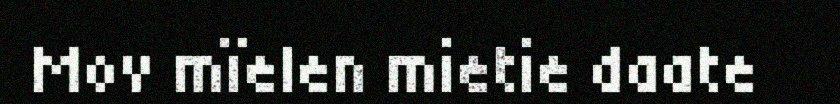
Mov mïelen mietie daate